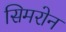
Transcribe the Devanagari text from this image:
सिमरोन